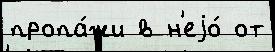
пропа́жи в н'еjо́ от